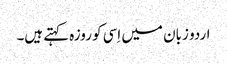
اردو زبان میں اِسی کو روزہ کہتے ہیں۔